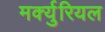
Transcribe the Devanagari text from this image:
मर्क्युरियल